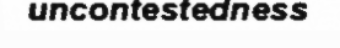
uncontestedness